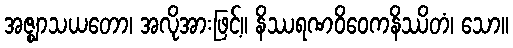
အဇ္ဈာသယတော၊ အလိုအားဖြင့်။ နိဿရဏဝိဝေကနိဿိတံ၊ သော။